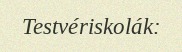
Testvériskolák: